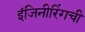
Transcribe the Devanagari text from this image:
इंजिनीरिंगची